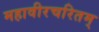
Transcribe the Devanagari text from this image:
महावीरचरितम्